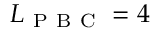
L _ { \mathrm { ~ P ~ B ~ C ~ } } = 4